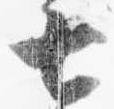
七